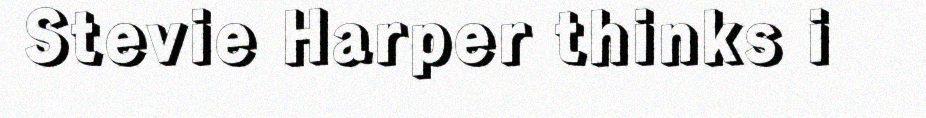
Stevie Harper thinks i